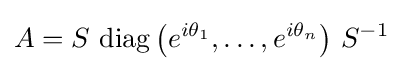
A=S\,\operatorname {diag} \left(e^{i\theta _{1}},\dots ,e^{i\theta _{n}}\right)\,S^{-1}